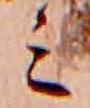
ミ